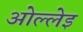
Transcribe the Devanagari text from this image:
ओल्लेइ